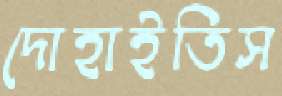
দোহাইতিস